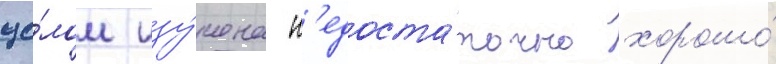
це́лом изу́чена н'едоста́точно хорошо́